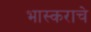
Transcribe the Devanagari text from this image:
भास्कराचे